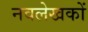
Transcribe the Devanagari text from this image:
नवलेखकों